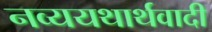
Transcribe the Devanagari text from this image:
नव्ययथार्थवादी